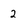
Character: 2